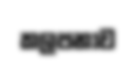
කලපනාව